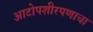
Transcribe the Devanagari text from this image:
आटोपशीरपणाचा